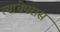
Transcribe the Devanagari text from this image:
त्याचेपरास